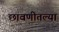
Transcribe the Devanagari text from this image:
छावणीतल्या